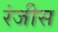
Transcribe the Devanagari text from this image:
रंजीस